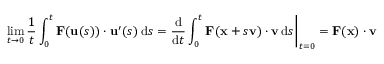
\operatorname* { l i m } _ { t \to 0 } { \frac { 1 } { t } } \int _ { 0 } ^ { t } \mathbf { F } ( \mathbf { u } ( s ) ) \cdot \mathbf { u } ^ { \prime } ( s ) \, \mathrm { d } s = { \frac { \mathrm { d } } { \mathrm { d } t } } \int _ { 0 } ^ { t } \mathbf { F } ( \mathbf { x } + s \mathbf { v } ) \cdot \mathbf { v } \, \mathrm { d } s { \bigg | } _ { t = 0 } = \mathbf { F } ( \mathbf { x } ) \cdot \mathbf { v }